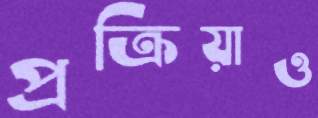
প্রক্রিয়াও